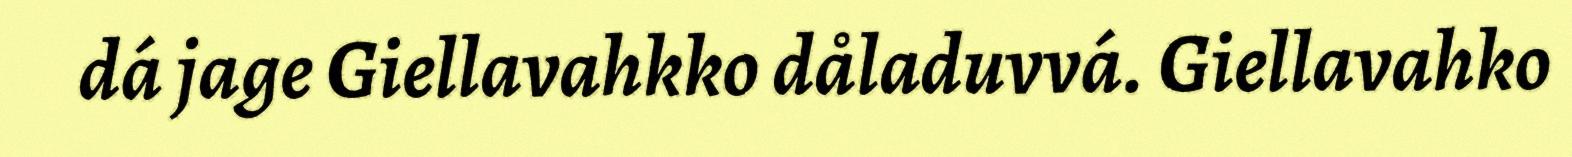
dá jage Giellavahkko dåladuvvá. Giellavahko